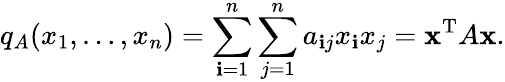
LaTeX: q_{A}(x_{1},\ldots,x_{n})=\sum_{\mathbf{i}=1}^{n}\sum_{j=1}^{n}a_{\mathbf{i}j}{x_{\mathbf{i}}}{x_{j}}=\mathbf{{x}}^{\mathrm{{T}}}A\mathbf{{x}}.